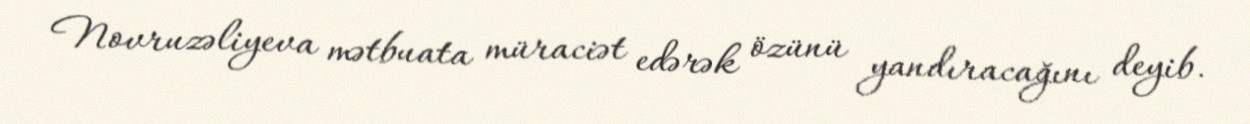
Novruzəliyeva mətbuata müraciət edərək özünü yandıracağını deyib.